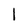
Character: 1